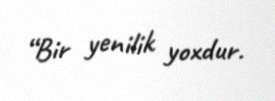
“Bir yenilik yoxdur.